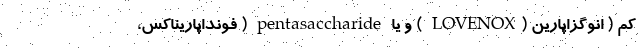
کم ( انوگزاپارین (LOVENOX ) و یا pentasaccharide ( فونداپاریناکس،